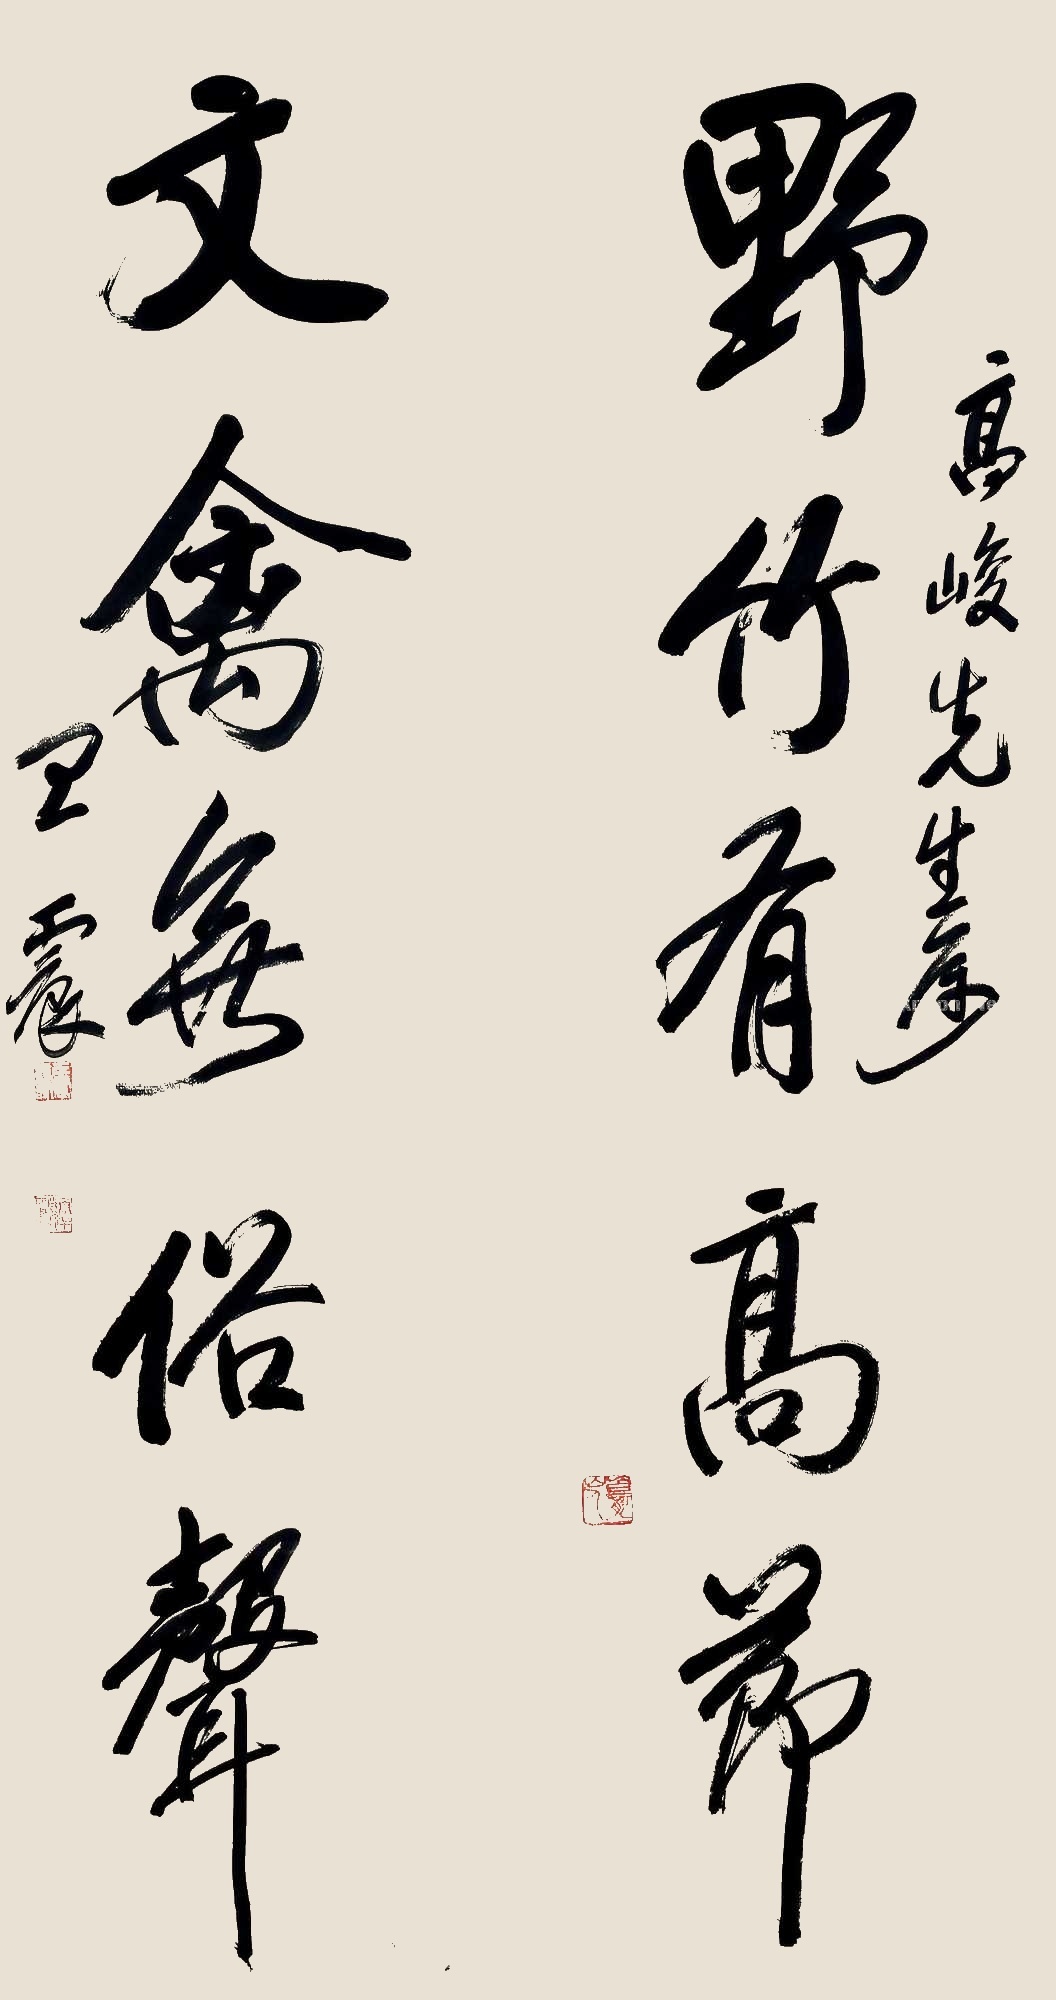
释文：野竹有高节，文禽无俗声。高峻先生属，王震。